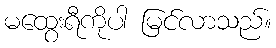
မထွေးရီကိုပါ မြင်လာသည်။